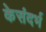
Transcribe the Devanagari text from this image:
केसंदर्भ